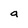
Character: a